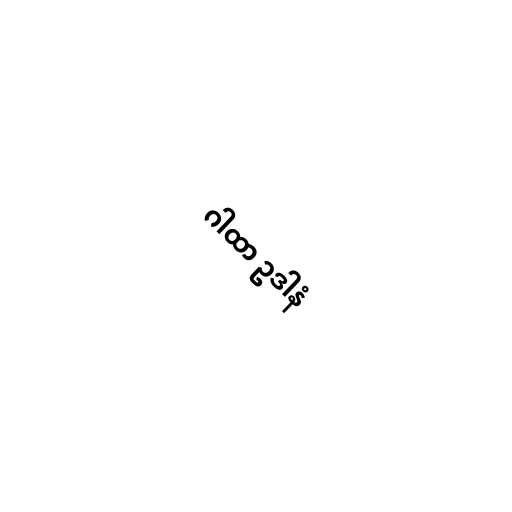
ဂါထာ ဥဒါနံ